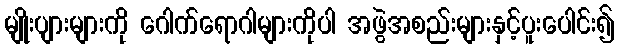
မျိုးပျားများကို ဂေါက်ရောဂါများကိုပါ အဖွဲအစည်းများနှင့်ပူးပေါင်း၍